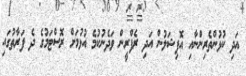
އަދި ކުޅުންތެރިންނާއި އޮފިޝަލުން އަދި ރެފްރީން ވަދެނުކުމެ އުޅުމަށް ރޮސްޓަމުގެ ދެ ފަރާތުގައި